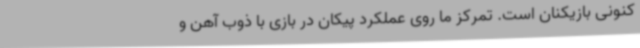
کنونی بازیکنان است. تمرکز ما روی عملکرد پیکان در بازی با ذوب آهن و